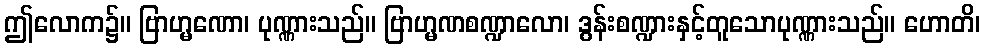
ဤလောက၌။ ဗြာဟ္မဏော၊ ပုဏ္ဏားသည်။ ဗြာဟ္မဏစဏ္ဍာလော၊ ဒွန်းစဏ္ဍားနှင့်တူသောပုဏ္ဏားသည်။ ဟောတိ၊